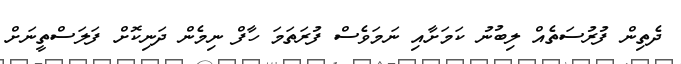
ދެތިން ފުރުސަތެއް ލިބުނު ކަމަށާއި ނަމަވެސް ފުރަތަމަ ހާފް ނިމެން ދަނިކޮށް ފަލަސްތީނަށް